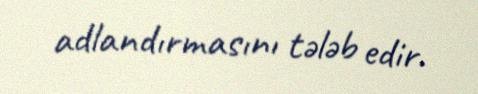
adlandırmasını tələb edir.